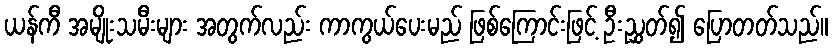
ယန်ကီ အမျိုးသမီးများ အတွက်လည်း ကာကွယ်ပေးမည် ဖြစ်ကြောင်းဖြင့် ဦးညွှတ်၍ ပြောတတ်သည်။